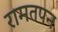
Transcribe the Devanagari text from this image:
रामतपन